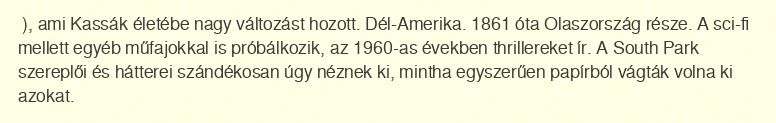
), ami Kassák életébe nagy változást hozott. Dél-Amerika. 1861 óta Olaszország része. A sci-fi mellett egyéb műfajokkal is próbálkozik, az 1960-as években thrillereket ír. A South Park szereplői és hátterei szándékosan úgy néznek ki, mintha egyszerűen papírból vágták volna ki azokat.